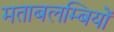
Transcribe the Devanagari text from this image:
मताबलम्बियों